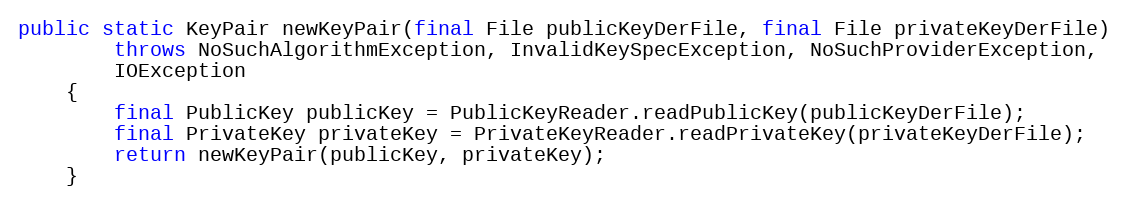
Language: Java
public static KeyPair newKeyPair(final File publicKeyDerFile, final File privateKeyDerFile)
		throws NoSuchAlgorithmException, InvalidKeySpecException, NoSuchProviderException,
		IOException
	{
		final PublicKey publicKey = PublicKeyReader.readPublicKey(publicKeyDerFile);
		final PrivateKey privateKey = PrivateKeyReader.readPrivateKey(privateKeyDerFile);
		return newKeyPair(publicKey, privateKey);
	}